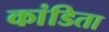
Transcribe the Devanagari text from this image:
कांडिता